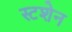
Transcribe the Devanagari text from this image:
स्टशेन